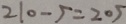
2 1 0 - 5 = 2 0 5